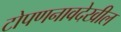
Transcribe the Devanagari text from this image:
टोपणनावदेखील